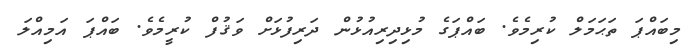
މިބައްޕަ ތަޙަމަލް ކުރިމެވެ. ބައްޕަގެ މުޅިދިރިއުޅުން ދަރިފުޅަށް ވަޤުފް ކުރީމެވެ. ބައްޕަ އަމިއްލަ